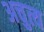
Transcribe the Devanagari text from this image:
अचुत्य